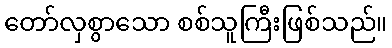
တော်လှစွာသော စစ်သူကြီးဖြစ်သည်။